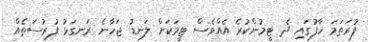
ފުރަތަމަ ހާފުގައި ދެ ޓީމުންކުރެ އެއްވެސް ޓީމަކަށް ލަނޑު ޖަހާނެ ރަނގަޅު ފުރުސަތެއް